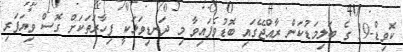
ކޮވިޑް-19 ގެ ބަލިމަޑުކަން ރާއްޖޭގައި ބޮޑުވެފައިވާ މި ދަނޑިވަޅަކީ ފިހާރަތަކަށް ގޮސް ވިޔަފަރި